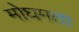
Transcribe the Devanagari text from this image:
मोघमता